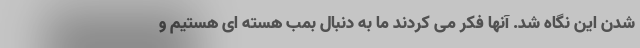
شدن این نگاه شد. آنها فکر می کردند ما به دنبال بمب هسته ای هستیم و